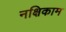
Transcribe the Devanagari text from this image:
नक्षिकाम